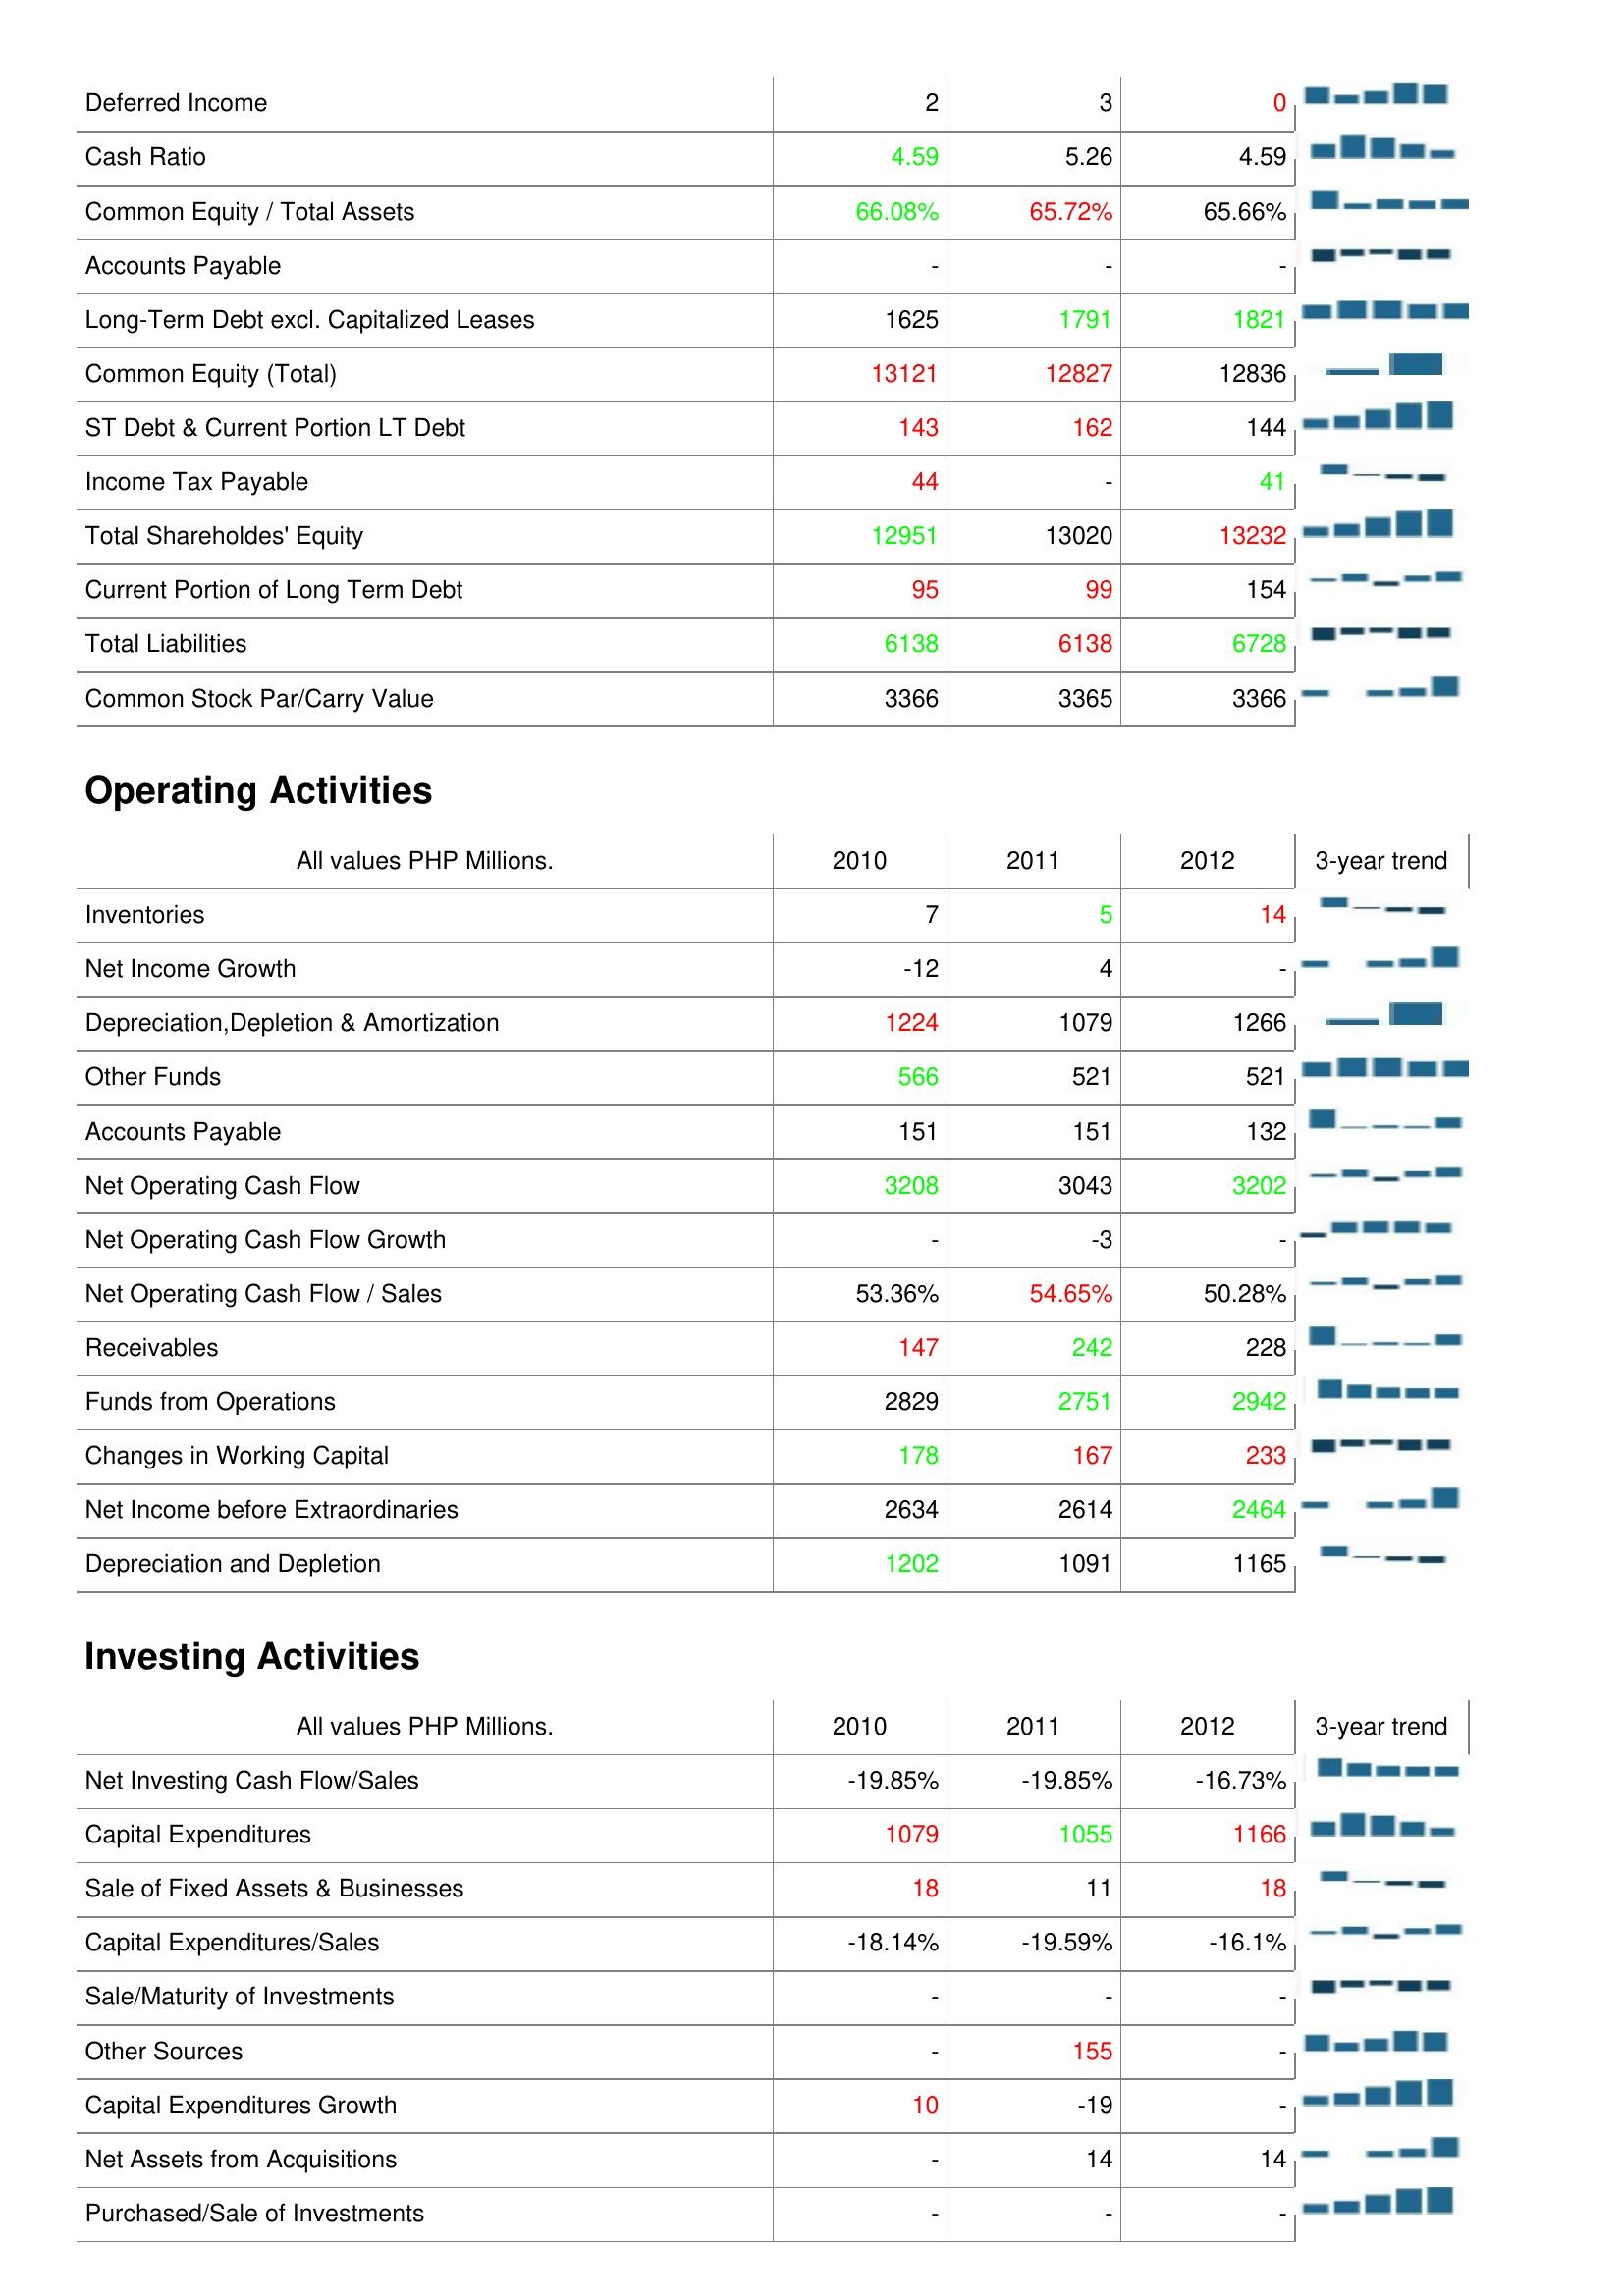
2010: Liabilities & Shareholder's Equity: Deferred Income: 2
Cash Ratio: 4.59
Common Equity / Total Assets: 66.08%
Accounts Payable: -
Long-Term Debt excl. Capitalized Leases: 1625
Common Equity (Total): 13121
ST Debt & Current Portion LT Debt: 143
Income Tax Payable: 44
Total Shareholdes' Equity: 12951
Current Portion of Long Term Debt: 95
Total Liabilities: 6138
Common Stock Par/Carry Value: 3366
Operating Activities: Inventories: 7
Net Income Growth: -12
Depreciation,Depletion & Amortization: 1224
Other Funds: 566
Accounts Payable: 151
Net Operating Cash Flow: 3208
Net Operating Cash Flow Growth: -
Net Operating Cash Flow / Sales: 53.36%
Receivables: 147
Funds from Operations: 2829
Changes in Working Capital: 178
Net Income before Extraordinaries: 2634
Depreciation and Depletion: 1202
Investing Activities: Net Investing Cash Flow/Sales: -19.85%
Capital Expenditures: 1079
Sale of Fixed Assets & Businesses: 18
Capital Expenditures/Sales: -18.14%
Sale/Maturity of Investments: -
Other Sources: -
Capital Expenditures Growth: 10
Net Assets from Acquisitions: -
Purchased/Sale of Investments: -
2011: Liabilities & Shareholder's Equity: Deferred Income: 3
Cash Ratio: 5.26
Common Equity / Total Assets: 65.72%
Accounts Payable: -
Long-Term Debt excl. Capitalized Leases: 1791
Common Equity (Total): 12827
ST Debt & Current Portion LT Debt: 162
Income Tax Payable: -
Total Shareholdes' Equity: 13020
Current Portion of Long Term Debt: 99
Total Liabilities: 6138
Common Stock Par/Carry Value: 3365
Operating Activities: Inventories: 5
Net Income Growth: 4
Depreciation,Depletion & Amortization: 1079
Other Funds: 521
Accounts Payable: 151
Net Operating Cash Flow: 3043
Net Operating Cash Flow Growth: -3
Net Operating Cash Flow / Sales: 54.65%
Receivables: 242
Funds from Operations: 2751
Changes in Working Capital: 167
Net Income before Extraordinaries: 2614
Depreciation and Depletion: 1091
Investing Activities: Net Investing Cash Flow/Sales: -19.85%
Capital Expenditures: 1055
Sale of Fixed Assets & Businesses: 11
Capital Expenditures/Sales: -19.59%
Sale/Maturity of Investments: -
Other Sources: 155
Capital Expenditures Growth: -19
Net Assets from Acquisitions: 14
Purchased/Sale of Investments: -
2012: Liabilities & Shareholder's Equity: Deferred Income: 0
Cash Ratio: 4.59
Common Equity / Total Assets: 65.66%
Accounts Payable: -
Long-Term Debt excl. Capitalized Leases: 1821
Common Equity (Total): 12836
ST Debt & Current Portion LT Debt: 144
Income Tax Payable: 41
Total Shareholdes' Equity: 13232
Current Portion of Long Term Debt: 154
Total Liabilities: 6728
Common Stock Par/Carry Value: 3366
Operating Activities: Inventories: 14
Net Income Growth: -
Depreciation,Depletion & Amortization: 1266
Other Funds: 521
Accounts Payable: 132
Net Operating Cash Flow: 3202
Net Operating Cash Flow Growth: -
Net Operating Cash Flow / Sales: 50.28%
Receivables: 228
Funds from Operations: 2942
Changes in Working Capital: 233
Net Income before Extraordinaries: 2464
Depreciation and Depletion: 1165
Investing Activities: Net Investing Cash Flow/Sales: -16.73%
Capital Expenditures: 1166
Sale of Fixed Assets & Businesses: 18
Capital Expenditures/Sales: -16.1%
Sale/Maturity of Investments: -
Other Sources: -
Capital Expenditures Growth: -
Net Assets from Acquisitions: 14
Purchased/Sale of Investments: -